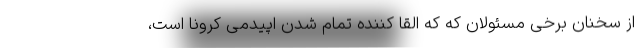
از سخنان برخی مسئولان که که القا کننده تمام شدن اپیدمی کرونا است،